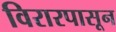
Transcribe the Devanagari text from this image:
विरारपासून